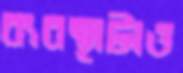
ব্যবস্থাটাও